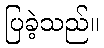
ပြခဲ့သည်။